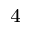
^ 4